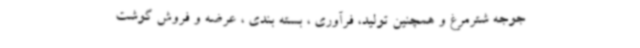
جوجه شترمرغ و همچنین تولید، فرآوری ، بسته بندی ، عرضه و فروش گوشت